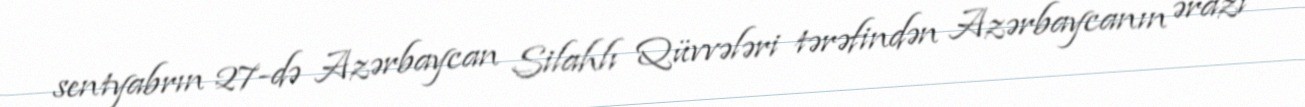
sentyabrın 27-də Azərbaycan Silahlı Qüvvələri tərəfindən Azərbaycanın ərazi